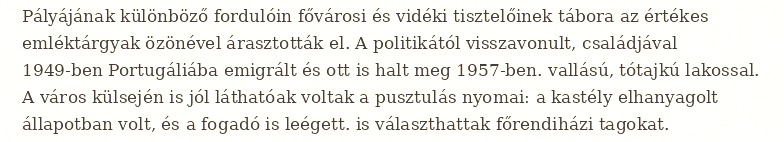
Pályájának különböző fordulóin fővárosi és vidéki tisztelőinek tábora az értékes emléktárgyak özönével árasztották el. A politikától visszavonult, családjával 1949-ben Portugáliába emigrált és ott is halt meg 1957-ben. vallású, tótajkú lakossal. A város külsején is jól láthatóak voltak a pusztulás nyomai: a kastély elhanyagolt állapotban volt, és a fogadó is leégett. is választhattak főrendiházi tagokat.